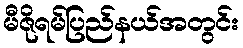
မီဇိုရမ်ပြည်နယ်အတွင်း